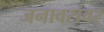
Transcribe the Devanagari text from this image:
जनावरांवर